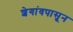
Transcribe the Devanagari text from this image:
शेगांवपासून